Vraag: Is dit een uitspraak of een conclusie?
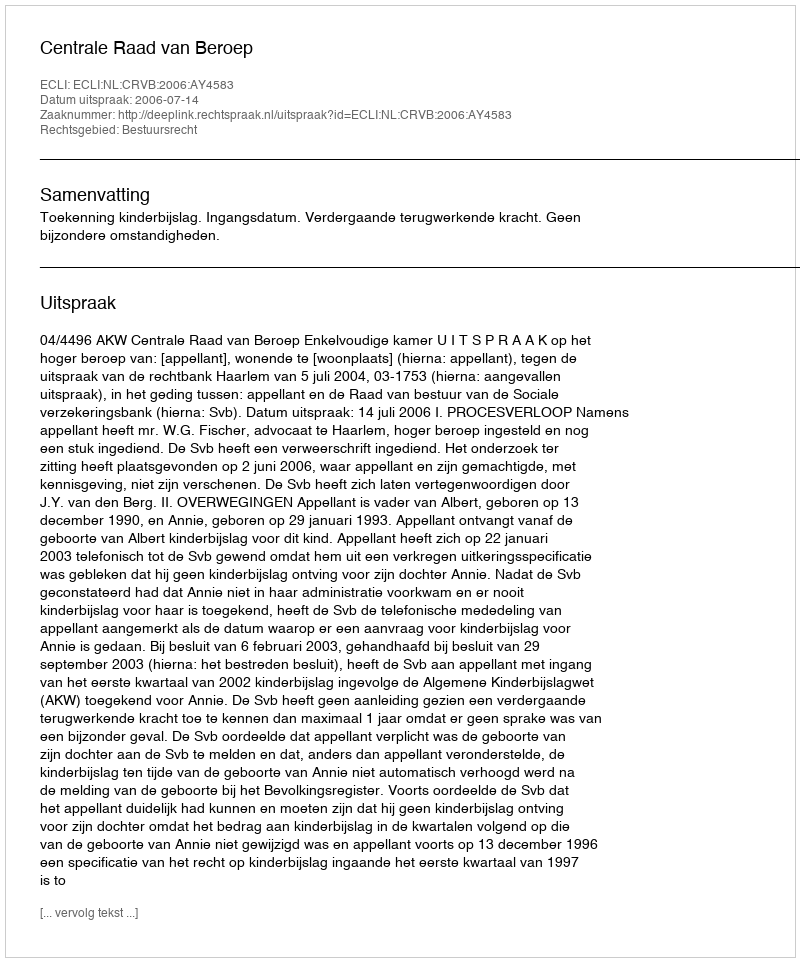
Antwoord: Uitspraak